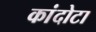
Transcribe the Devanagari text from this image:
कांदोटा